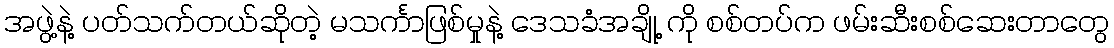
အဖွဲ့နဲ့ ပတ်သက်တယ်ဆိုတဲ့ မသင်္ကာဖြစ်မှုနဲ့ ဒေသခံအချို့ ကို စစ်တပ်က ဖမ်းဆီးစစ်ဆေးတာတွေ